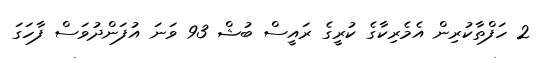
2 ހަފްތާކުރިން އެމެރިކާގެ ކުރީގެ ރައީސް ބުޝް 93 ވަނަ އުފަންދުވަސް ފާހަގަ